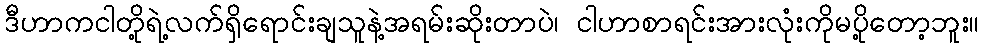
ဒီဟာကငါတို့ရဲ့လက်ရှိရောင်းချသူနဲ့အရမ်းဆိုးတာပဲ၊ ငါဟာစာရင်းအားလုံးကိုမပို့တော့ဘူး။